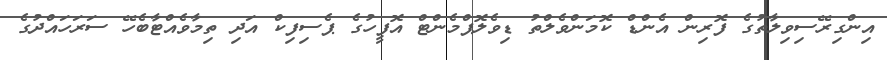
އިންގިރޭސިވިލާތުގެ ފޮރިން އެންޑް ކޮމަންވެލްތު ޑިވެލޮޕްމެންޓް އޮފީހުގެ ޕެސިފިކް އަދި ތިމާވެއްޓާބެހޭ ސަރަހައްދުގެ